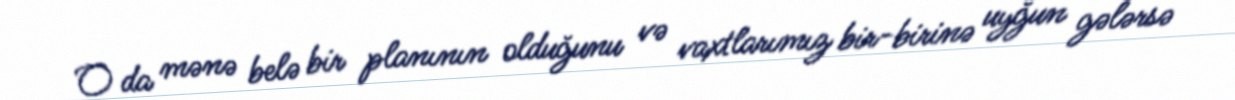
O da mənə belə bir planının olduğunu və vaxtlarımız bir-birinə uyğun gələrsə